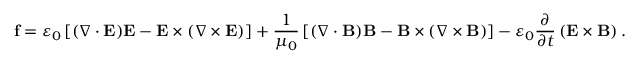
\mathbf { f } = \varepsilon _ { 0 } \left[ ( { \boldsymbol { \nabla } } \cdot \mathbf { E } ) \mathbf { E } - \mathbf { E } \times ( { \boldsymbol { \nabla } } \times \mathbf { E } ) \right] + { \frac { 1 } { \mu _ { 0 } } } \left[ ( { \boldsymbol { \nabla } } \cdot \mathbf { B } ) \mathbf { B } - \mathbf { B } \times \left( { \boldsymbol { \nabla } } \times \mathbf { B } \right) \right] - \varepsilon _ { 0 } { \frac { \partial } { \partial t } } \left( \mathbf { E } \times \mathbf { B } \right) .